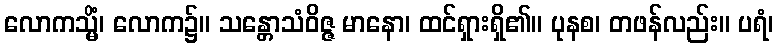
လောကသ္မိံ၊ လောက၌။ သန္တောသံဝိဇ္ဇ မာနော၊ ထင်ရှားရှိ၏။ ပုနစ၊ တဖန်လည်း။ ပရံ၊